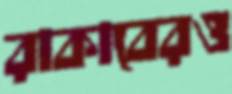
রাকাবেরও